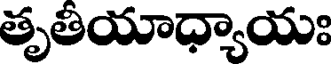
తృతీయాధ్యాయః